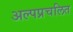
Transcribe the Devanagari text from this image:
अल्पप्रचलित